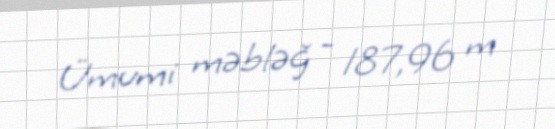
Ümumi məbləğ - 187,96 m